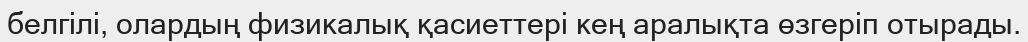
белгілі, олардың физикалық қасиеттері кең аралықта өзгеріп отырады.